Lunatic asylums in Bengal annual reports 1888-1898 - 1888-1898
Year: 1888
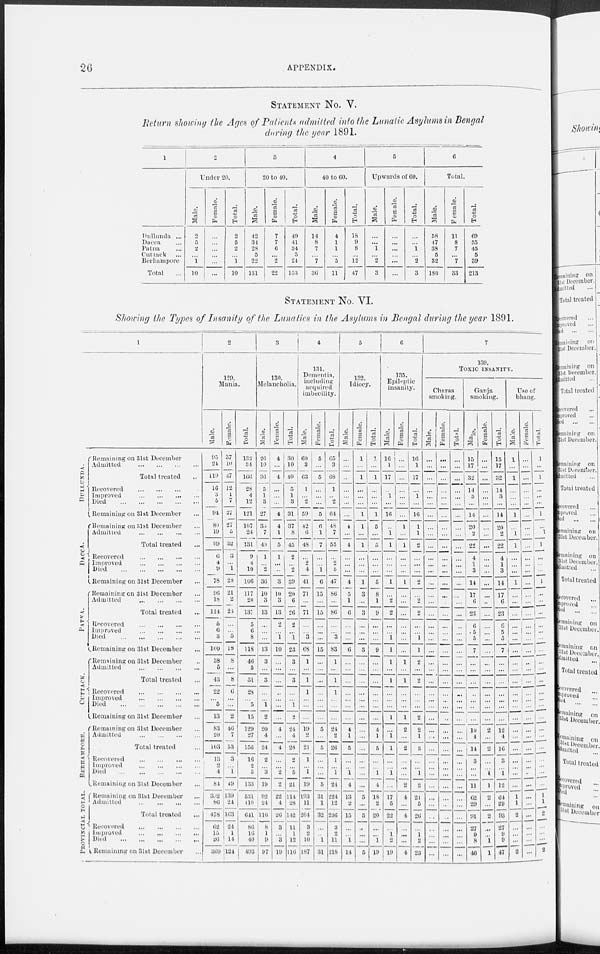
26
APPENDIX.
STATEMENT No.
V.
Return showing the Ages of Patients admitted into the Lunatic Asylums in Bengal
during the year 1891.
1
Dullunda ...
Dacca ...
Patna ...
Cuttack ...
Berhampore
Total ...
2
Under 20.
Male.
2
5
2
...
1
10
Female.
...
...
...
...
...
...
Total.
2
5
2
...
1
10
3
20 to 40.
Male.
42
34 28
5
22
131
Female.
7
7
6
...
2
22
Total.
49
41
34
5
24
153
4
40 to 60.
Male.
14
8
7
...
7
36
Female.
4
1
1
...
5
11
Total.
18
9
8
...
12
47
5
Upwards of 60.
Male.
...
...
1
...
2
3
Female.
...
...
...
...
...
...
Total.
...
...
1
...
2
3
6
Total.
Male.
58
47
38
5
82
180
Female.
11
8
7
...
7
33
Total.
69
55
45
5
39
213
STATEMENT No.
VI.
Showing the Types of Insanity of the Lunatics in the Asylums in Bengal during the year 1891.
1
DULLUNDA.
DACCA.
PATNA
CUTTACK.
BERHAMPORE.
PROVINCIAL.
Remaining on 31st December
Admitted
...
...
...
...
Total treated ...
Recovered
...
...
...
...
Improved
...
...
...
...
Died
...
...
...
...
Remaining on 31st December
Remaining on 31st December
Admitted
...
...
...
...
Total treated ...
Recovered
...
...
...
...
Improved
...
...
...
...
Died
...
...
...
...
Remaining on 31st December ...
Remaining on 31st December ...
Admitted
...
...
...
...
Total treated ...
Recovered
...
...
...
...
Improved
...
...
...
...
Died
...
...
...
...
Remaining on 31st. December ...
Remaining on 31st December ...
Admitted
...
...
...
...
Total treated ...
Recovered
...
...
...
...
Improved
...
...
...
...
Died
...
...
...
...
Remaining on 31st December ...
Remaining on 31st December ...
Admitted
...
...
...
...
Total treated ...
Recovered
...
...
...
...
Improved
...
...
...
...
Died
...
...
...
...
Remaining on 31st December ...
Remaining on 31st December ...
Admitted
...
...
...
...
Total treated ...
Recovered
...
...
...
...
Improved
...
...
...
...
Died
...
...
...
...
Remaining on 31st December ...
2
120.
Mania.
Male.
95
24
119
16
3
5
94
89
19
99
6
4
9
78
96
18
114
5
6
3
100
38
5
43
22
...
5
13
83
20
103
13
2
4
84
302
86
478
62
15
26
369
Female.
37
10
47
12
1
7
27
27
5
32
3
...
1
28
21
2
23
...
...
5
18
8
...
8
6
...
...
2
46
7
53
3
...
1
49
139
24
163
24
1
14
124
Total.
132
34
166
28
4
12
121
107
24
131
9
4
10
106
117
20
137
5
6
8
118
46
5
51
28
...
5
15
129
27
156
16
2
5
133
531
110
641
86
16
40
493
3
130.
Melancholia.
Male.
26
10
36
5
1
3
27
33
7
40
1
...
2
36
10
3
13
...
...
...
13
3
...
3
...
...
1
2
20
4
24
2
...
3
19
92
24
116
8
1
9
97
Female.
4
...
4
...
...
...
4
4
1
5
1
...
...
3
10
3
13
2
...
1
10
...
...
...
...
...
...
...
4
...
4
...
...
2
2
22
4
26
3
...
3
19
Total.
30
10
40
5
1
3
31
37
8
45
2
...
2
39
20
6
26
2
...
1
23
3
...
3
...
...
1
2
24
4
28
2
...
5
21
114
28
142
11
1
12
116
4
131.
Dementia,
including
acquired
imbecility.
Male.
60
3
63
1
...
...
59
42
6
48
...
2
4
41
71
...
71
...
...
3
68
1
...
1
1
...
...
...
19
2
21
1
...
1
19
193
11
204
3
2
10
187
Female.
5
...
5
...
...
...
5
6
1
7
...
...
1
6
15
...
15
...
...
...
15
...
...
...
...
...
...
...
5
...
5
...
...
...
5
31
1
32
...
...
1
31
Total.
65
3
68
1
...
...
64
48
7
55
...
2
5
47
86
...
86
...
...
3
83
1
...
1
1
...
...
...
24
2
26
1
...
1
24
224
12
236
3
2
11
218
5
132.
Idiocy.
Male.
...
...
...
...
...
...
...
4
...
4
...
...
...
4
5
1
6
...
...
...
6
...
...
...
...
...
...
...
4
1
5
...
...
1
4
13
2
15
...
...
1
14
Female.
1
...
1
...
...
...
1
1
...
1
...
...
...
1
3
...
3
...
...
...
3
...
...
...
...
...
...
...
...
...
...
...
...
...
...
5
...
5
...
...
...
5
Total.
1
...
1
...
...
...
1
5
...
5
...
...
...
5
8
1
9
...
...
...
9
...
...
...
...
...
...
...
4
1
5
...
...
1
4
18
2
20
...
...
1
19
6
135.
Epileptic
insanity.
Male.
16
1
17
...
1
...
16
..
1
1
...
...
...
1
...
2
2
...
...
1
1
1
...
1
...
...
...
1
...
1
1
...
...
1
...
17 5
22
...
1
2
19
Female.
...
...
...
...
...
...
...
1
...
1
...
...
...
1
...
...
...
...
...
...
1
...
1
...
...
...
1
2
...
2
...
...
...
2
4
...
4
...
...
...
4
Total.
16
1
17
...
1
...
16
1
1
2
...
...
...
2
...
2
2
...
...
1
1
2
...
2
...
...
...
2
2
1
3
...
...
1
2
21
5
26
...
1
2
23
7
130.
TOXIC INSANITY.
Charas
smoking.
Male.
...
...
...
...
...
...
...
...
...
...
...
...
...
...
...
...
...
...
...
...
...
...
...
...
...
...
...
...
...
...
...
...
...
...
...
...
...
...
...
...
...
...
Female.
...
...
...
...
...
...
...
...
...
...
...
...
...
...
...
...
...
...
...
...
...
...
...
...
...
...
...
...
...
...
...
...
...
...
...
...
...
...
...
...
...
...
Total.
...
...
...
...
...
...
...
...
...
...
...
...
...
...
...
...
...
...
...
...
...
...
...
...
...
...
...
...
...
...
...
...
...
...
...
...
...
...
...
...
...
...
Ganja
smoking.
Male
15
17
32
14
3
...
14
20
2
22
4
1
3
14
17
6
23
6
5
5
7
...
...
...
... ...
...
...
10
4
14
3
...
...
11
62
29
91
27
9
8
46
Female.
...
...
...
...
...
...
...
...
...
...
...
...
...
...
...
...
...
...
...
...
...
...
...
...
...
...
...
...
2
...
2
...
...
1
1
2
...
2
...
...
1
1
Total.
15
17
32
14
3
...
14
20
2
22
4
1
3
14
17
6
23
6
5
5
7
...
...
...
...
...
...
...
12
4
16
3
...
1
12
64
29
93
27
9
9
47
Use of
bhang.
Male.
1
...
1
...
...
...
1
...
1
1
...
...
...
1
...
...
...
...
...
...
...
...
...
...
...
...
...
...
...
...
...
...
...
...
...
1
1
2
...
...
...
2
Female.
...
...
...
...
...
...
...
...
...
...
...
...
...
...
...
...
...
...
...
...
...
...
...
...
...
...
...
...
...
...
...
...
...
...
...
...
...
...
...
...
...
Total.
1
...
1
...
...
...
1
...
1
1
...
...
...
1
...
...
...
...
...
...
...
...
...
...
...
...
...
...
...
...
...
...
...
...
... 1
1
2
...
...
...
2